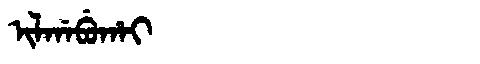
Manchu: ᡳᠯᡤᠠᠪᡠᡥᠠᡳ
Romanization: ILGABUHAI